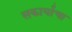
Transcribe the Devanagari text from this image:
सकार्याचा